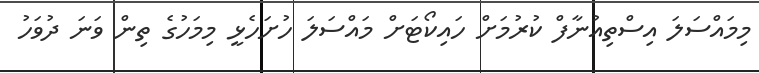
މިމައްސަލަ އިސްތިއުނާފް ކުރުމަށް ހައިކޯޓަށް މައްސަލަ ހުށަހެޅީ މިމަހުގެ ތިން ވަނަ ދުވަހު